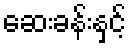
ဆေးခန်းနှင့်